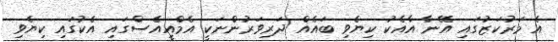
އެ މަރުކަޒުގައި އޭނާ އާއެކު ކިޔެވި ބައެއް ދަރިވަރުންނަކީ އެމްއީއެސްގައި އެކުގައި ކިޔެވި